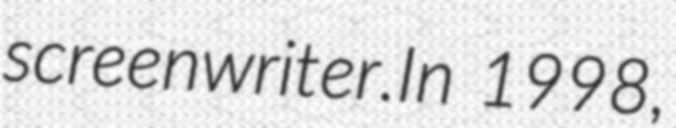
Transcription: screenwriter.In 1998,